Report on vaccination in Madras 1895-1903 - 1895-1903
Year: 1895
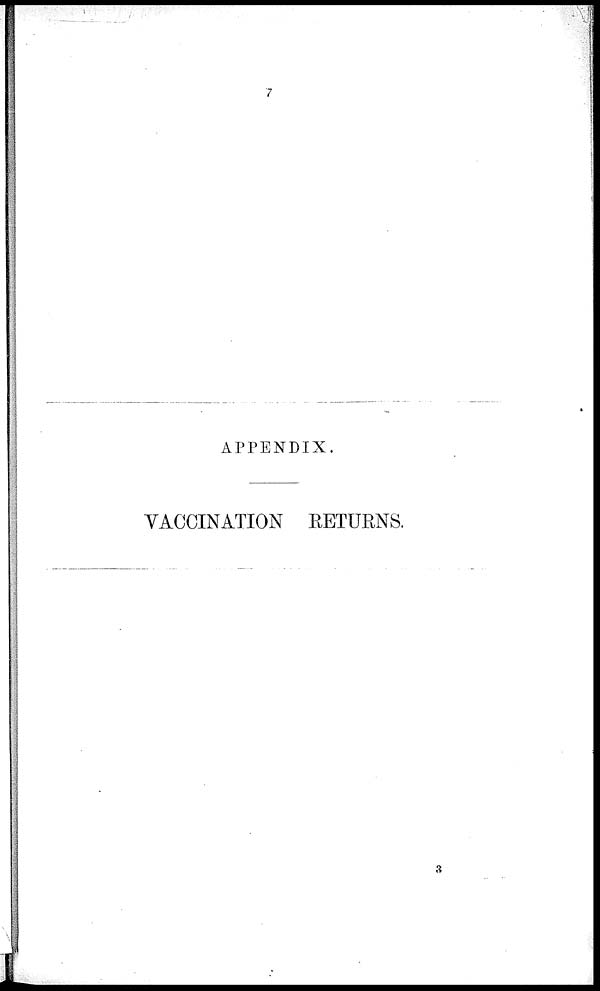
7
APPENDIX.
VACCINATION RETURNS.
3